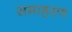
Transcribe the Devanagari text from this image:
समाहरण